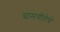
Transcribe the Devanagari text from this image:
ग्रामगीतेचे